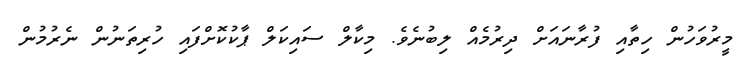
މީރުވަހުން ހިތާއި ފުރާނައަށް ދިރުމެއް ލިބުނެވެ. މިކާލް ސައިކަލް ޕާކުކޮށްފައި ހުރިތަނުން ނެރުމުން